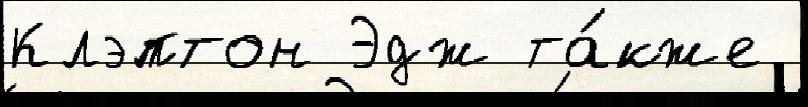
Клэптон Эдж та́кже